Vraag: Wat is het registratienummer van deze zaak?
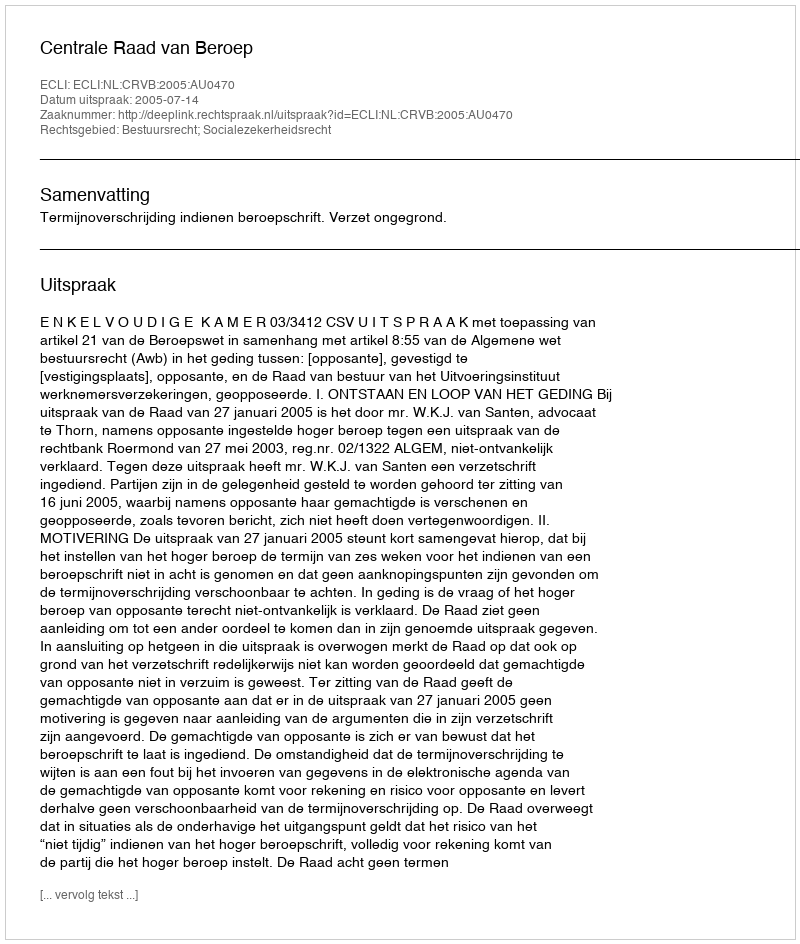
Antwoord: http://deeplink.rechtspraak.nl/uitspraak?id=ECLI:NL:CRVB:2005:AU0470